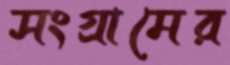
সংগ্রামের